Report on the working of the mental hospitals for Indians in Bihar and Orissa - 1925-1929
Year: 1925
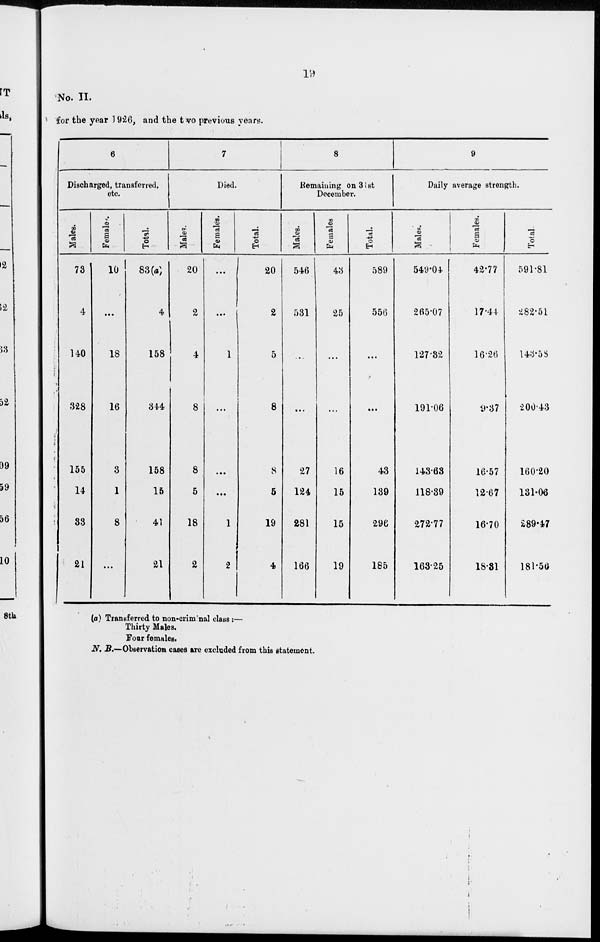
19
No. II.
for the year 1926, and the two previous years.
6
Discharged, transferred,
etc.
Males.
73
4
140
328
155
14
33
21
Females.
10
...
18
16
3
1
8
...
Total.
83(a)
4
158
344
158
15
41
21
7
Died.
Males.
20
2
4
8
8
5
18
2
Females.
...
...
1
...
...
...
1
2
Total.
20
2
5
8
8
5
19
4
8
Remaining on 31st
December.
Males.
546
531
...
...
27
124
281
166
Females.
43
25
...
...
16
15
15
19
Total.
589
556
...
...
43
139
296
185
9
Daily average strength.
Males.
549.04
265.07
127.32
191.06
143.63
118.39
272.77
163.25
Females.
42.77
17.44
16.26
9.37
16.57
12.67
16.70
18.31
Total.
591.81
282.51
143.58
200.43
160.20
131.06
289.47
181.56
(a) Transferred to non-criminal class:—
Thirty Males.
Four females.
N. B.—Observation cases are excluded from this statement.